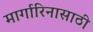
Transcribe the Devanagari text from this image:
मार्गारिनासाठी